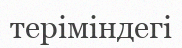
теріміндегі